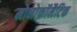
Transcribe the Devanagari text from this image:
मोनोक्रॉमैटिक